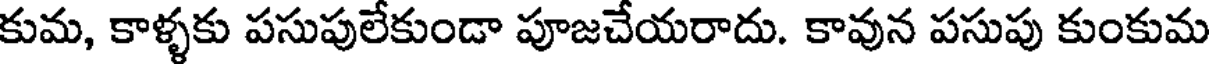
కుమ, కాళ్ళకు పసుపులేకుండా పూజచేయరాదు. కావున పసుపు కుంకుమ